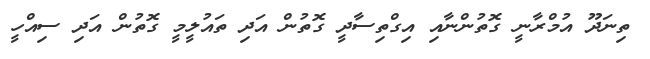
ތިނަދޫ އުމްރާނީ ގޮތުންނާއި އިގްތިސާދީ ގޮތުން އަދި ތައުލީމީ ގޮތުން އަދި ސިއްހީ